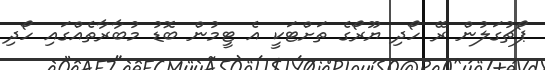
ޕޯޗުގަލުން ރޭ ހޯދި ޔޫރޯގެ ތަށްޓަކީ އެ ޓީމުން ބޮޑު މުބާރާތެއްގައި ހޯދި